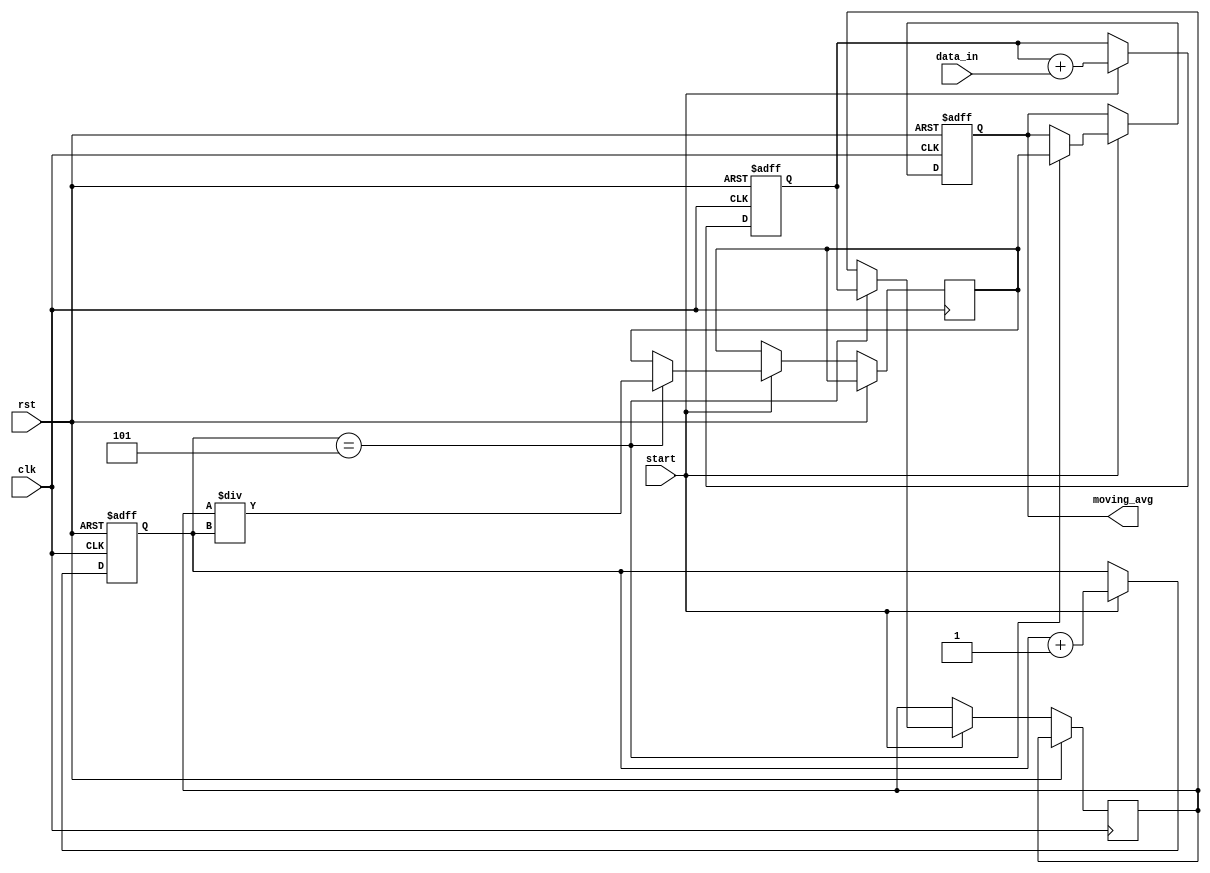
module moving_average_accumulator(
    input clk,
    input rst,
    input [7:0] data_in,
    input start,
    output reg [7:0] moving_avg
);

reg [7:0] running_total;
reg [7:0] num_samples;
reg [7:0] sum;
reg [7:0] avg_temp;

always @(posedge clk or posedge rst) begin
    if (rst) begin
        running_total <= 8'h00;
        num_samples <= 8'h00;
        moving_avg <= 8'h00;
    end else if (start) begin
        running_total <= running_total + data_in;
        num_samples <= num_samples + 1;
        if (num_samples == 8'h05) begin
            sum <= running_total;
            avg_temp <= sum / num_samples;
            moving_avg <= avg_temp;
        end
    end
end

endmodule